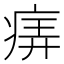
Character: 𤶦